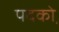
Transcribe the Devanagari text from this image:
पदको़